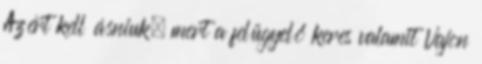
Azért kell ásniuk, mert a felügyelő keres valamit Vajon